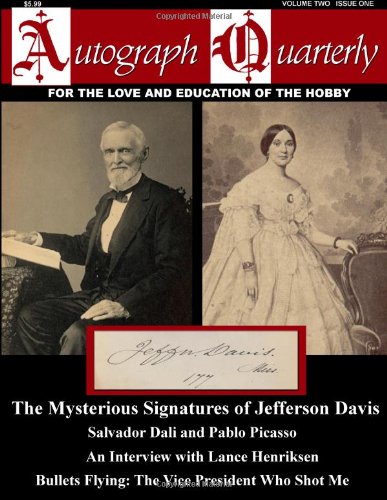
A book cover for Autograph Quarterly Magazine Volume Two Issue One (Volume 2); Xidas Publishing Group; Crafts, Hobbies & Home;